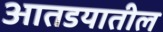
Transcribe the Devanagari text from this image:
आतडयातील